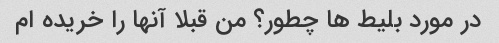
در مورد بلیط ها چطور؟ من قبلا آنها را خریده ام